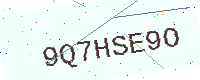
Text: 9Q7HSE9O